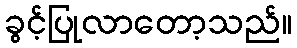
ခွင့်ပြုလာတော့သည်။